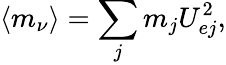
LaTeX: \langle m_{\nu}\rangle=\sum_{j}m_{j}U_{ej}^{2},